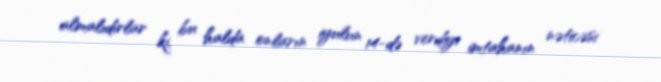
almalıdırlar ki, bu halda onların iyulun 14-də verdiyi imtahanın nəticəsi